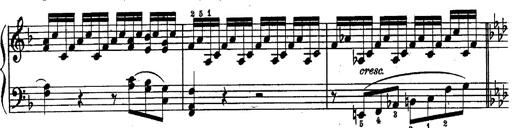
Title: Schubert's Impromptus [revised and edited by Franz Liszt]
Composer: Franz Liszt